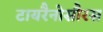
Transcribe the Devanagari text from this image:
टायरैनोसौरस